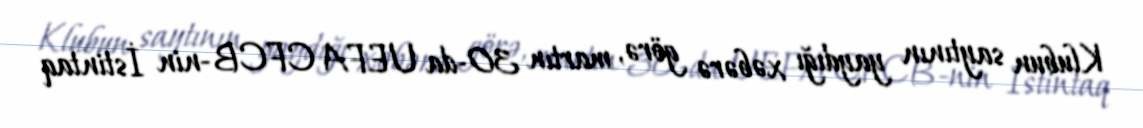
Klubun saytının yaydığı xəbərə görə, martın 30-da UEFA CFCB-nin İstintaq